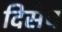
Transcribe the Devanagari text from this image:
दिसेच